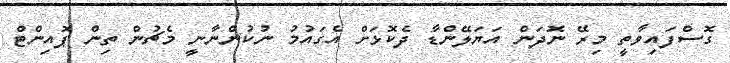
ގޮސްފައިވާތީ މިރޭ ނޮދަން އަޔަލޭންޑާ ދެކޮޅަށް އެގައުމު ނުކުންނާނީ މެޗުން ތިން ޕޮއިންޓް